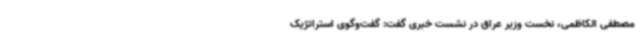
مصطفی الکاظمی، نخست وزیر عراق در نشست خبری گفت: گفت‌وگوی استراتژیک